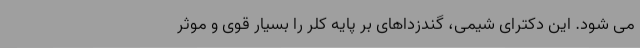
می شود. این دکترای شیمی، گندزداهای بر پایه کلر را بسیار قوی و موثر